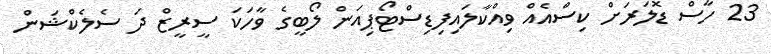
23 ހާސް ޑޮލަރަށް ކިސްއެއް ވިއްކާލައިފިޑިސްޓޯޕިއަން ލޯބީގެ ވާހަކަ ސީރީޒް ދަ ސެލެކްޝަން